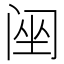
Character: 䦷